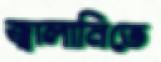
জ্বালানিতে